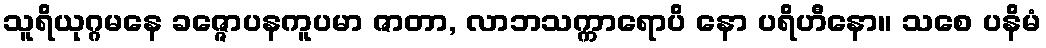
သူရိယုဂ္ဂမနေ ခဇ္ဇောပနကူပမာ ဇာတာ, လာဘသက္ကာရောပိ နော ပရိဟီနော။ သစေ ပနိမံ